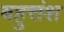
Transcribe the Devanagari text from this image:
बहुत्तंश